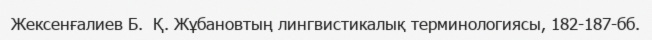
Жексенғалиев Б.  Қ. Жұбановтың лингвистикалық терминологиясы, 182-187-бб.